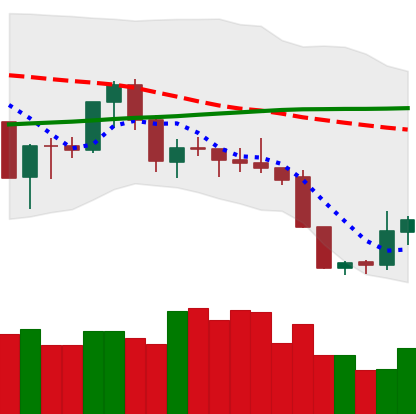
Ticker: XMR-USD
Chart end date: 2019-09-02
Forward return: 7.129%
Label: up_7plus